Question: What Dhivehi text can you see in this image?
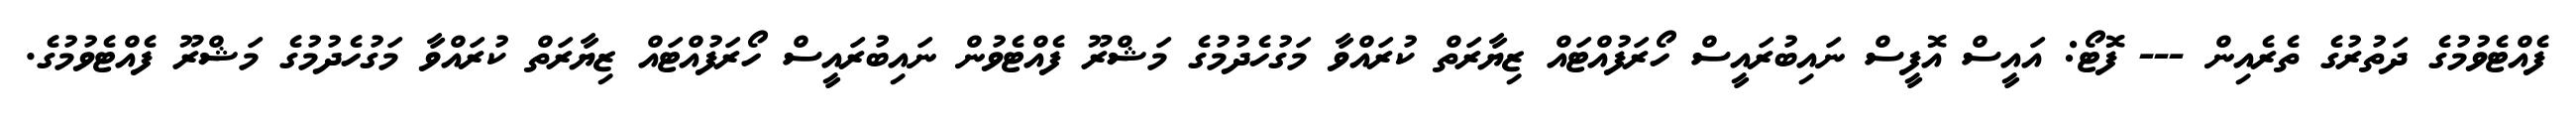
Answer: ފެއްޓެވުމުގެ ދަތުރުގެ ތެރެއިން --- ފޮޓޯ: އައީސް އޮފީސް ނައިބުރައީސް ހޯރަފުއްޓައް ޒިޔާރަތް ކުރައްވާ މަގުހެދުމުގެ މަޝްރޫ ފެއްޓެވުން ނައިބުރައީސް ހޯރަފުއްޓައް ޒިޔާރަތް ކުރައްވާ މަގުހެދުމުގެ މަޝްރޫ ފެއްޓެވުމުގެ.